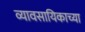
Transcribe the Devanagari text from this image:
व्यावसायिकाच्या